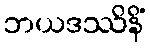
ဘယဒဿိနိံ